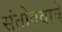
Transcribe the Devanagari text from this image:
संतोषवावे